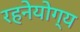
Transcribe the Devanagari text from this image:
रहनेयोग्य